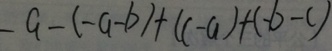
- a - ( - a - b ) + ( c - a ) + ( - b - c )